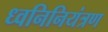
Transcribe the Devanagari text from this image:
ध्वनिनियंत्रण